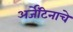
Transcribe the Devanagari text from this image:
अर्जेंटिनाचे